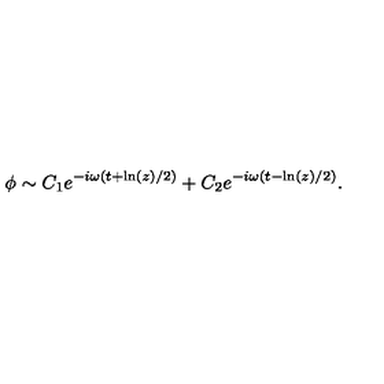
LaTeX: \phi \sim C _ { 1 } e ^ { - i \omega ( t + \ln ( z ) / 2 ) } + C _ { 2 } e ^ { - i \omega ( t - \ln ( z ) / 2 ) } .